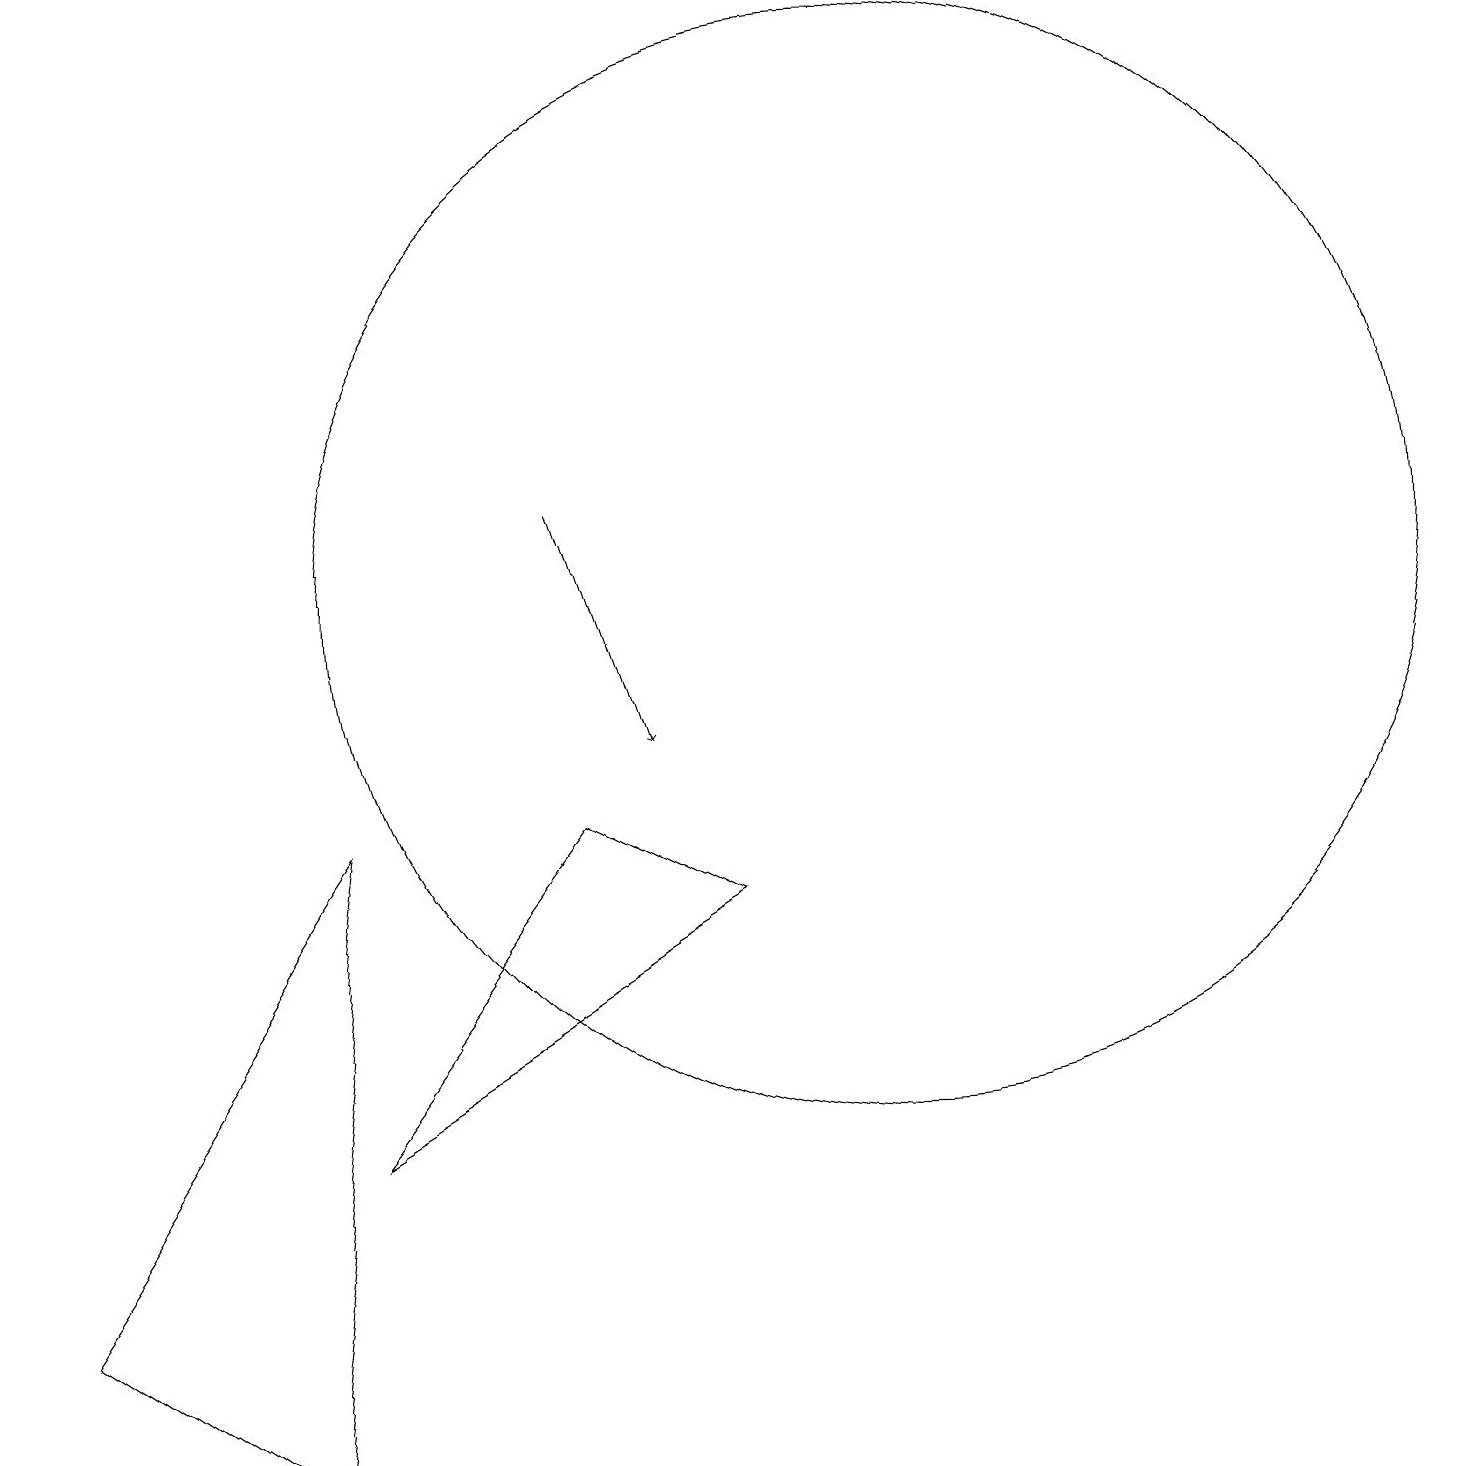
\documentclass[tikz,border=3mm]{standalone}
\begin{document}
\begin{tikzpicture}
\draw (7,9) -- (4,5) -- (9,8) -- cycle;
\draw (3,1) -- (0,3) -- (4,9) -- cycle;
\draw (11,12) circle (7);
\draw[->] (7,13) -- (8,10);
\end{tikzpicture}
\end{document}